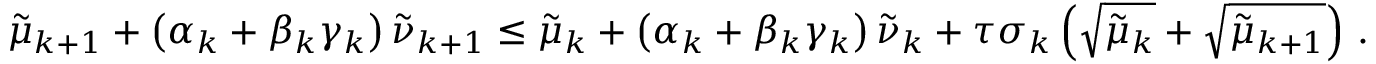
{ \tilde { \mu } } _ { k + 1 } + \left( { \alpha } _ { k } + { \beta } _ { k } { \gamma } _ { k } \right) { \tilde { \nu } } _ { k + 1 } \leq { \tilde { \mu } } _ { k } + \left( { \alpha } _ { k } + { \beta } _ { k } { \gamma } _ { k } \right) { \tilde { \nu } } _ { k } + { \tau } { \sigma } _ { k } \left( \sqrt { { \tilde { \mu } } _ { k } } + \sqrt { { \tilde { \mu } } _ { k + 1 } } \right) \, .